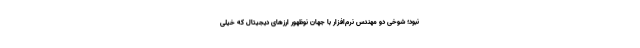
نبود؛ شوخی دو مهندس نرم‌افزار با جهان نوظهور ارزهای دیجیتال که خیلی